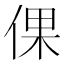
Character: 倮